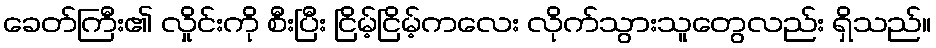
ခေတ်ကြီး၏ လှိုင်းကို စီးပြီး ငြိမ့်ငြိမ့်ကလေး လိုက်သွားသူတွေလည်း ရှိသည်။